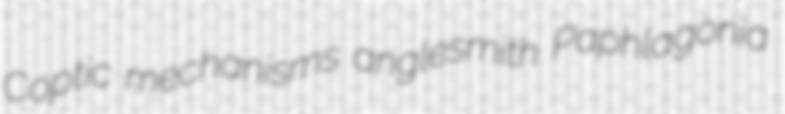
Coptic mechanisms anglesmith Paphlagonia